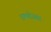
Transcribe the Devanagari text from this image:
रामशेजवर